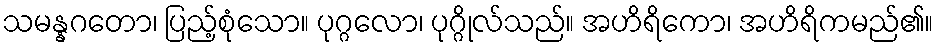
သမန္နဂတော၊ ပြည့်စုံသော။ ပုဂ္ဂလော၊ ပုဂ္ဂိုလ်သည်။ အဟိရိကော၊ အဟိရိကမည်၏။